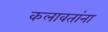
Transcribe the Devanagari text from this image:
कलावतांना